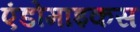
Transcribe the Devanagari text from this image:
एंडोमाइकस